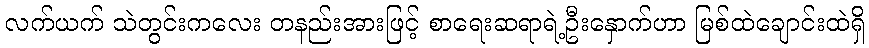
လက်ယက် သဲတွင်းကလေး တနည်းအားဖြင့် စာရေးဆရာရဲ့ဦးနှောက်ဟာ မြစ်ထဲချောင်းထဲရှိ